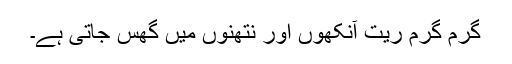
گرم گرم ریت آنکھوں اور نتھنوں میں گھس جاتی ہے۔